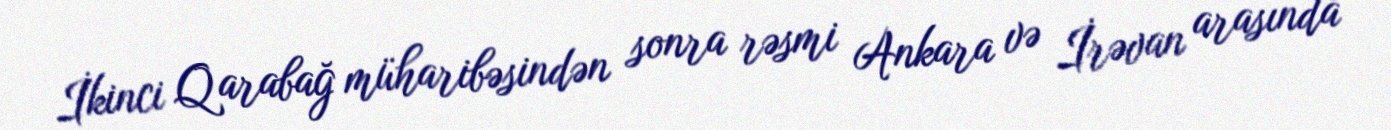
İkinci Qarabağ müharibəsindən sonra rəsmi Ankara və İrəvan arasında